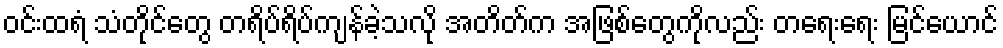
ဝင်းထရံ သံတိုင်တွေ တရိပ်ရိပ်ကျန်ခဲ့သလို အတိတ်က အဖြစ်တွေကိုလည်း တရေးရေး မြင်ယောင်